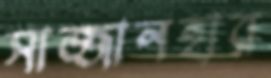
সাজ্জানহার